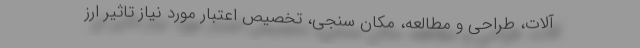
آلات، طراحی و مطالعه، مکان سنجی، تخصیص اعتبار مورد نیاز تاثیر ارز